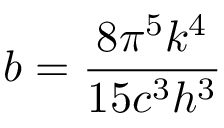
b = { \frac { 8 \pi ^ { 5 } k ^ { 4 } } { 1 5 c ^ { 3 } h ^ { 3 } } }